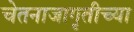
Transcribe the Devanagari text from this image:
चेतनाजागृतीच्या